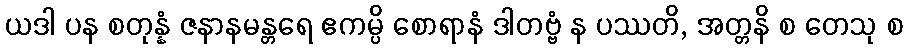
ယဒါ ပန စတုန္နံ ဇနာနမန္တရေ ဧကမ္ပိ စောရာနံ ဒါတဗ္ဗံ န ပဿတိ, အတ္တနိ စ တေသု စ